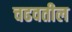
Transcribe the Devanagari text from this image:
चढवतील